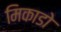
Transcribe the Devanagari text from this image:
मिकाडो